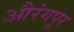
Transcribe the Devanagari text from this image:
औरंगपूर